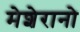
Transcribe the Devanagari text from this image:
मेशेरानो